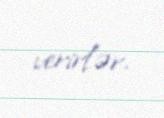
verirlər.